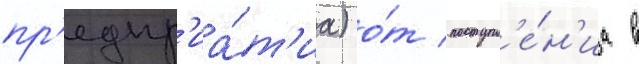
пр'едпр'иа́т'иа) о́т поступл'е́н'иа в